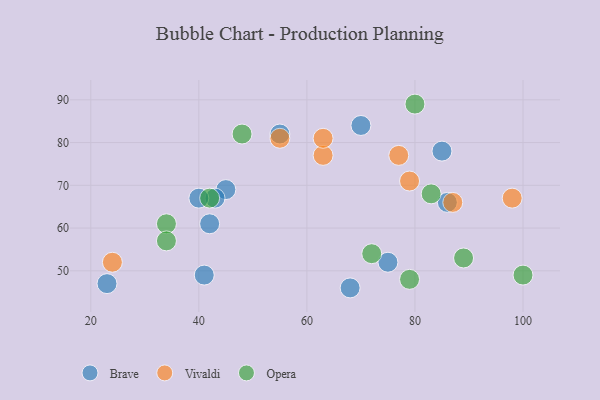
{"axis": {"x": "GDP", "y": "Life Expectancy"}, "legend": ["Brave", "Opera", "Vivaldi"], "data": [{"x": "75", "y": 52, "type": "Brave"}, {"x": "23", "y": 47, "type": "Brave"}, {"x": "45", "y": 69, "type": "Brave"}, {"x": "85", "y": 78, "type": "Brave"}, {"x": "68", "y": 46, "type": "Brave"}, {"x": "42", "y": 61, "type": "Brave"}, {"x": "86", "y": 66, "type": "Brave"}, {"x": "43", "y": 67, "type": "Brave"}, {"x": "55", "y": 82, "type": "Brave"}, {"x": "70", "y": 84, "type": "Brave"}, {"x": "40", "y": 67, "type": "Brave"}, {"x": "41", "y": 49, "type": "Brave"}, {"x": "79", "y": 71, "type": "Vivaldi"}, {"x": "55", "y": 81, "type": "Vivaldi"}, {"x": "24", "y": 52, "type": "Vivaldi"}, {"x": "63", "y": 77, "type": "Vivaldi"}, {"x": "98", "y": 67, "type": "Vivaldi"}, {"x": "77", "y": 77, "type": "Vivaldi"}, {"x": "63", "y": 81, "type": "Vivaldi"}, {"x": "87", "y": 66, "type": "Vivaldi"}, {"x": "80", "y": 89, "type": "Opera"}, {"x": "34", "y": 61, "type": "Opera"}, {"x": "48", "y": 82, "type": "Opera"}, {"x": "83", "y": 68, "type": "Opera"}, {"x": "34", "y": 57, "type": "Opera"}, {"x": "100", "y": 49, "type": "Opera"}, {"x": "89", "y": 53, "type": "Opera"}, {"x": "79", "y": 48, "type": "Opera"}, {"x": "42", "y": 67, "type": "Opera"}, {"x": "72", "y": 54, "type": "Opera"}]}